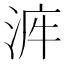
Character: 𣴿